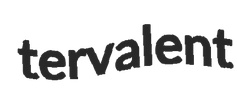
tervalent